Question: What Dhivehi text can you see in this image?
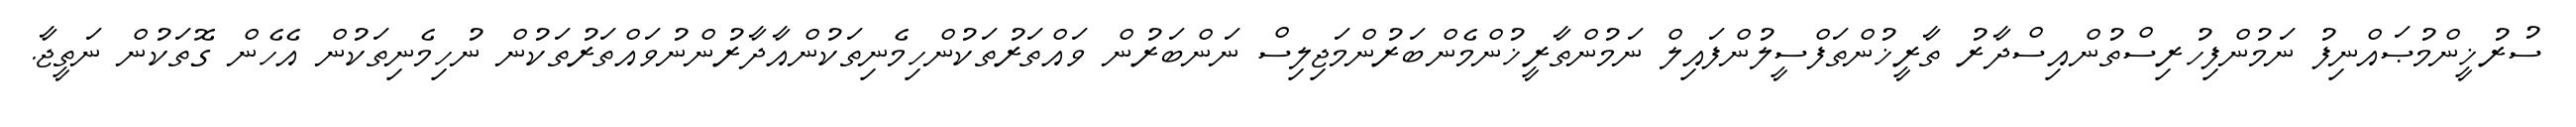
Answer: ސުރުޚީންމުޞައްނިފު ނަމުންފިހުރިސްތުންއިސްދާރު ތާރީޚުންތަފްސީލުންފައިލް ނަމުންތާރީޚުންމެންބަރުންމަޖިލިސް ނަންބަރުން ވައްތަރުތަކުންހިމެނިތަކުންއާދާރުންނުވައްތަރުތަކުން ނުހިމެނިތަކުން އެހެން ގޮތަކުން ނަތީޖާ.